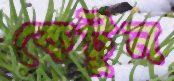
কেটুন